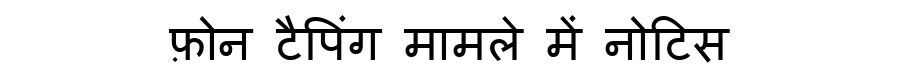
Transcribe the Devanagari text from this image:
फ़ोन टैपिंग मामले में नोटिस